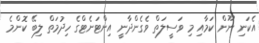
އެކަނި ނޫން ކަމާއި މި ވަސީލަތް ވެގެންދާނީ އިންޓަނެޓްގެ ހިދުމަތް ލިބޭ ކޮންމެ